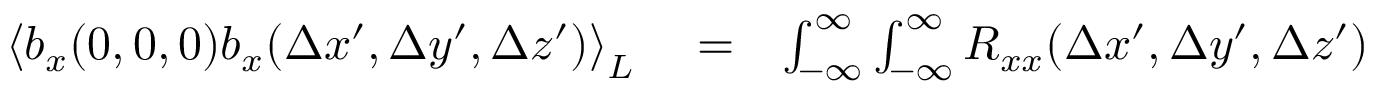
\begin{array} { r l r } { \left\langle b _ { x } ( 0 , 0 , 0 ) b _ { x } ( \Delta x ^ { \prime } , \Delta y ^ { \prime } , \Delta z ^ { \prime } ) \right\rangle _ { L } } & { { } = } & { \int _ { - \infty } ^ { \infty } \int _ { - \infty } ^ { \infty } R _ { x x } ( \Delta x ^ { \prime } , \Delta y ^ { \prime } , \Delta z ^ { \prime } ) } \end{array}